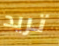
تريد